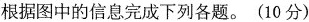
根据图中的信息完成下列各题。(10分)